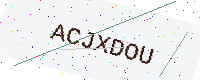
Text: ACJXDOU